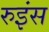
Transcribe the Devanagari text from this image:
रुइंस